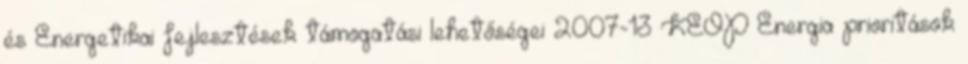
és Energetikai fejlesztések támogatási lehetőségei 2007-13 KEOP Energia prioritások